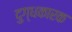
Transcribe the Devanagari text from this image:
दुग्धकारक